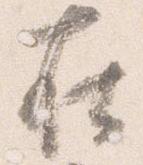
在